Civil Veterinary Dept. North-West Frontier Province 1901-22 - 1901-1922
Year: 1901
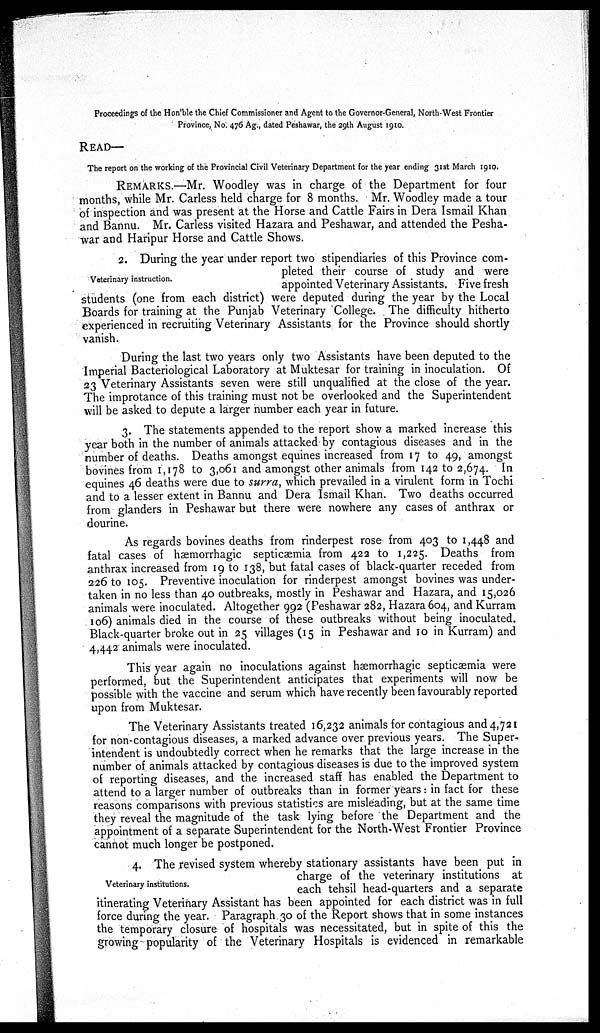
Proceedings of the Hon'ble the Chief Commissioner and Agent to the Governor-General, North-West Frontier
Province, No. 476 Ag., dated Peshawar, the 29th August 1910.
READ—
The report on the working of the Provincial Civil Veterinary Department for the year ending 31st March 1910.
REMARKS.—Mr. Woodley was in charge of the Department for four
months, while Mr. Carless held charge for 8 months. Mr. Woodley made a tour
of inspection and was present at the Horse and Cattle Fairs in Dera Ismail Khan
and Bannu. Mr. Carless visited Hazara and Peshawar, and attended the Pesha-
war and Haripur Horse and Cattle Shows.
Veterinary instruction.
2. During the year under report two stipendiaries of this Province com-
pleted their course of study and were
appointed Veterinary Assistants. Five fresh
students (one from each district) were deputed during the year by the Local
Boards for training at the Punjab Veterinary College. The difficulty hitherto
experienced in recruiting Veterinary Assistants for the Province should shortly
vanish.
During the last two years only two Assistants have been deputed to the
Imperial Bacteriological Laboratory at Muktesar for training in inoculation. Of
23 Veterinary Assistants seven were still unqualified at the close of the year.
The improtance of this training must not be overlooked and the Superintendent
will be asked to depute a larger number each year in future.
3. The statements appended to the report show a marked increase this
year both in the number of animals attacked by contagious diseases and in the
number of deaths. Deaths amongst equines increased from 17 to 49, amongst
bovines from 1,178 to 3,061 and amongst other animals from 142 to 2,674. In
equines 46 deaths were due to surra, which prevailed in a virulent form in Tochi
and to a lesser extent in Bannu and Dera Ismail Khan. Two deaths occurred
from glanders in Peshawar but there were nowhere any cases of anthrax or
dourine.
As regards bovines deaths from rinderpest rose from 403 to 1,448 and
fatal cases of hæmorrhagic septicaemia from 422 to 1,225. Deaths from
anthrax increased from 19 to 138, but fatal cases of black-quarter receded from
226 to 105. Preventive inoculation for rinderpest amongst bovines was under-
taken in no less than 40 outbreaks, mostly in Peshawar and Hazara, and 15,026
animals were inoculated. Altogether 992 (Peshawar 282, Hazara 604, and Kurram
106) animals died in the course of these outbreaks without being inoculated.
Black-quarter broke out in 25 villages (15 in Peshawar and 10 in Kurram) and
4,442 animals were inoculated.
This year again no inoculations against hæmorrhagic septicæmia were
performed, but the Superintendent anticipates that experiments will now be
possible with the vaccine and serum which have recently been favourably reported
upon from Muktesar.
The Veterinary Assistants treated 16,232 animals for contagious and 4,721
for non-contagious diseases, a marked advance over previous years. The Super-
intendent is undoubtedly correct when he remarks that the large increase in the
number of animals attacked by contagious diseases is due to the improved system
of reporting diseases, and the increased staff has enabled the Department to
attend to a larger number of outbreaks than in former years: in fact for these
reasons comparisons with previous statistics are misleading, but at the same time
they reveal the magnitude of the task lying before the Department and the
appointment of a separate Superintendent for the North-West Frontier Province
cannot much longer be postponed.
Veterinary institutions.
4. The revised system whereby stationary assistants have been put in
charge of the veterinary institutions at
each tehsil head-quarters and a separate
itinerating Veterinary Assistant has been appointed for each district was in full
force during the year. Paragraph 30 of the Report shows that in some instances
the temporary closure of hospitals was necessitated, but in spite of this the
growing popularity of the Veterinary Hospitals is evidenced in remarkable